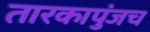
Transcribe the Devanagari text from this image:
तारकापुंजच